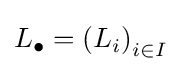
L_{\bullet }=\left(L_{i}\right)_{i\in I}